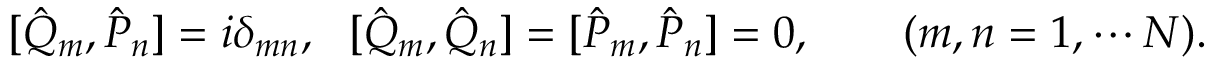
[ \hat { Q } _ { m } , \hat { P } _ { n } ] = i \delta _ { m n } , \ \ [ \hat { Q } _ { m } , \hat { Q } _ { n } ] = [ \hat { P } _ { m } , \hat { P } _ { n } ] = 0 , \qquad ( m , n = 1 , \cdots N ) .